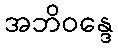
အဘိဝန္ဒေ